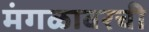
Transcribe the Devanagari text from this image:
मंगळावरची